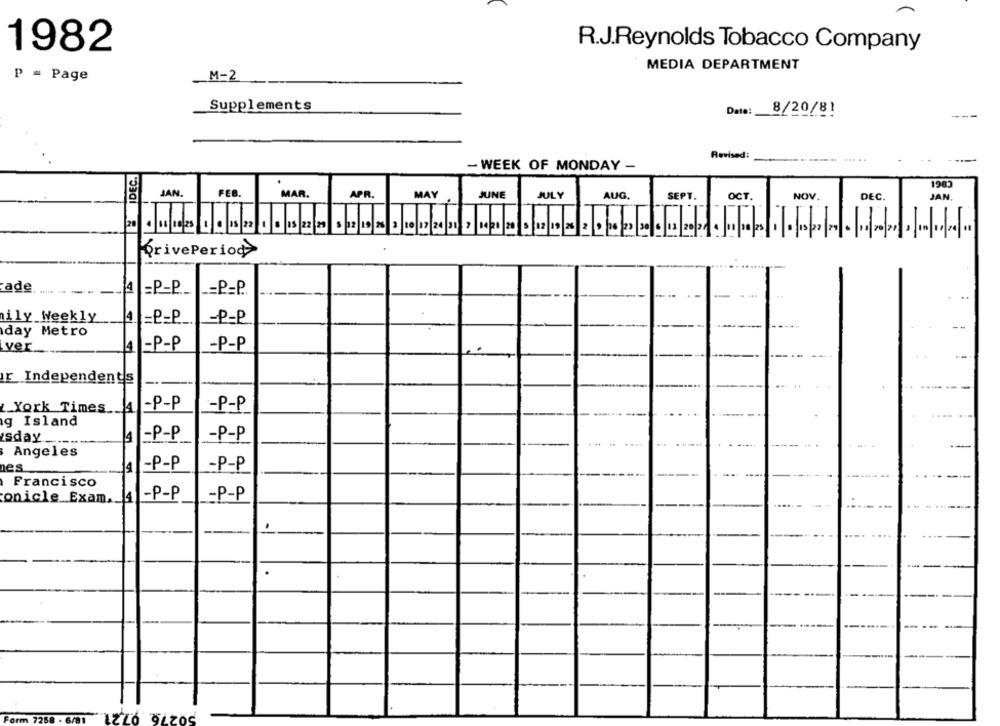
1982
R.J.Reynolds Tobacco Company
MEDIA DEPARTMENT
p = Page
M-2
Supplements
Date:
8/20/81
Revised:
....
- WEEK OF MONDAY -
SIDEC.
1983
JAN.
FEB.
MAR.
APR.
MAY
JUNE
JULY
AUG.
SEPT.
OCT.
NOV.
DEC.
JAN
PrivePeriod
ade
-
=P-P.
_= P=P.
ily Weekly
-P-P
4 =P_P ...
day Metro
ver
14 -P-P
-P-P
r Independents
-P-P
-P-P
York Times __ 4
g Island
-P-P
-P-P
sday
4
Angeles
-P-P
nes
-P-P
Francisco
onicle Exam. _ 4
-P-P
-P-P
.
.
50276. 0721